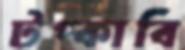
টপ্‌কাবি